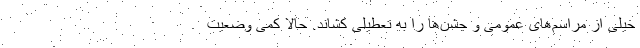
خیلی از مراسم‌های عمومی و جشن‌ها را به تعطیلی کشاند. حالا کمی وضعیت